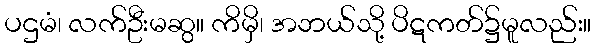
ပဌမံ၊ လက်ဦးမဆွ။ ကိမှိ၊ အဘယ်သို့ ပိဋကတ်၌မူလည်း။